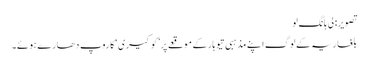
تصویر: لی ہانگ لو
بلغاریہ کے لوگ اپنے مذہبی تیوہار کے موقعے پر ’کوکیری‘ کا روپ دھارے ہوئے۔